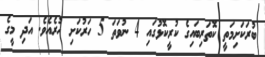
ބުރަކަށިމަތީ ކޮތަރިބައިގެ ކުރީކޮޅުގައި 4 ނުވަތަ 5 ހަރުކަށި ހުރެއެވެ. އަދި މީގެ